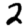
Digit: 2